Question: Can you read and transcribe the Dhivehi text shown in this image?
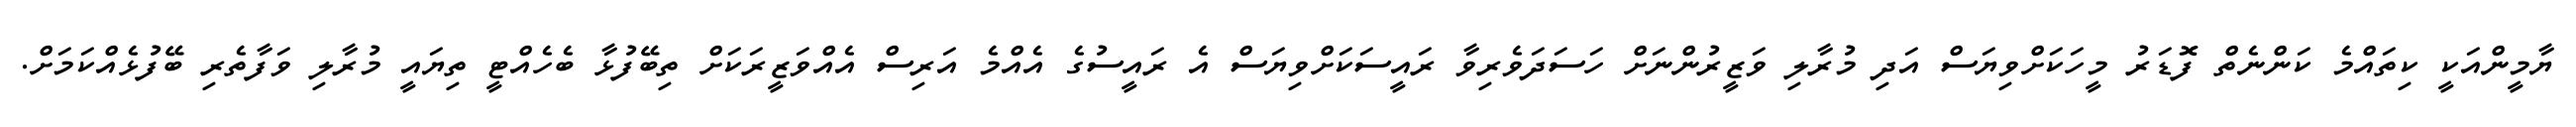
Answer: ޔާމީންއަކީ ކިތައްމެ ކަންނެތް ފޮޑަރު މީހަކަށްވިޔަސް އަދި މުރާލި ވަޒީރުންނަށް ހަސަދަވެރިވާ ރައީސަކަށްވިޔަސް އެ ރައީސުގެ އެއްމެ އަރިސް އެއްވަޒީރަކަށް ތިބޭފުޅާ ބެހެއްޓީ ތިޔައީ މުރާލި ވަފާތެރި ބޭފުޅެއްކަމަށް.